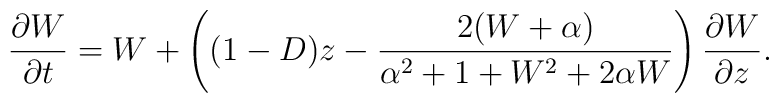
\frac{\partial W}{\partial t} = W + \left((1-D)z -\frac{2(W+\alpha)}{\alpha^{2} + 1 + W^{2} + 2\alpha W}\right)\frac{\partial W}{\partial z}.